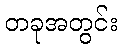
တခုအတွင်း